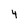
Character: 4